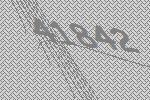
41842